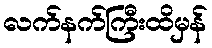
လက်နက်ကြီးထိမှန်